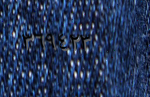
٣٦٩٤٢٣